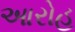
આરોહ